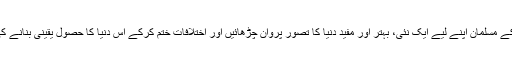
ساتھ ہی ساتھ انہوں نے یہ بھی کہا کہ آج کے مسلمان اپنے لیے ایک نئی، بہتر اور مفید دنیا کا تصور پروان چڑھائیں اور اختلافات ختم کرکے اس دنیا کا حصول یقینی بنانے کی کوشش کریں تو اصلاحِ احوال ممکن ہے۔